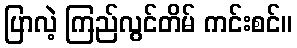
ပြာလဲ့ ကြည်လွင်တိမ် ကင်းစင်။